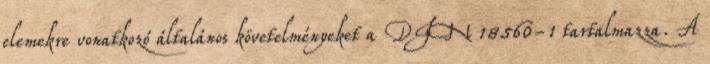
elemekre vonatkozó általános követelményeket a DIN 18560-1 tartalmazza. A